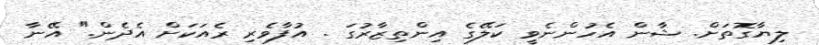
ލިޔާގޮތަށް. ޝާން އެހުންނެވީ ކަލޭގެ އިންތިޒާރުގަ . އުފާވެރި ރެއަކަށް އެދެން." އޭނާ